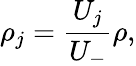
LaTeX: \rho_{j}=\frac{U_{j}}{U_{-}}\rho,